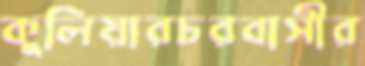
কুলিয়ারচরবাসীর